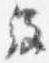
経